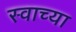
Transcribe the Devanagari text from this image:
स्वाच्या